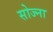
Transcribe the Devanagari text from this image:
सोज्ना